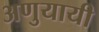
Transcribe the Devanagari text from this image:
अणुयायी